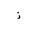
Letter: _thal